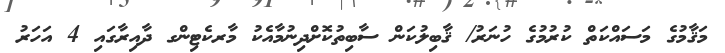
މަޤާމުގެ މަސައްކަތް ކުރުމުގެ ހުނަރު/ ޤާބިލުކަން ސާބިތުކޮށްދިނުމާއެކު މާރކެޓިންގ ދާއިރާގައި 4 އަހަރު